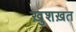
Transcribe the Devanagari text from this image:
ख़ुशख़त